Annual returns of the Patna Lunatic Asylum at Bankipore in Bihar and Orissa - 1912-1924
Year: 1912
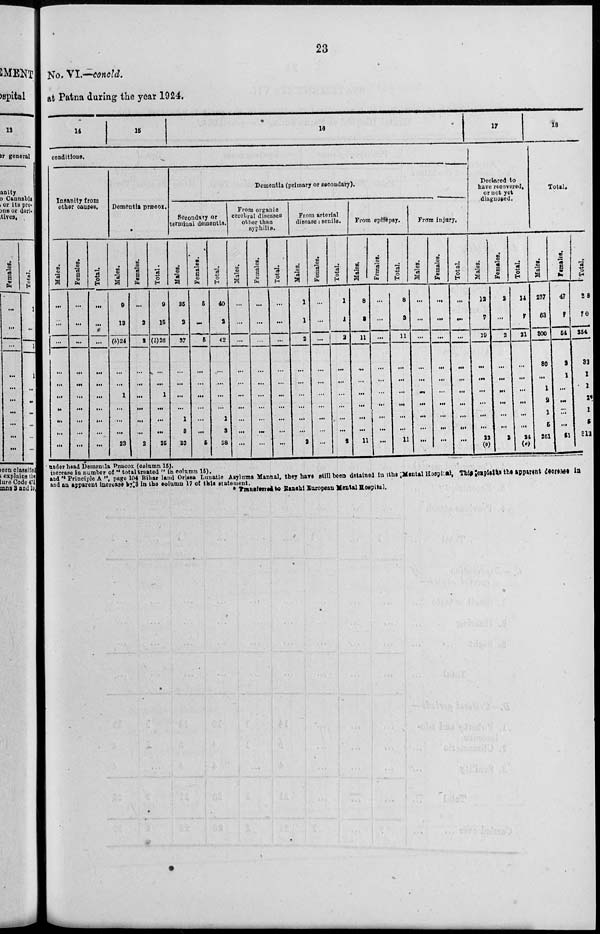
23
No. VI.—concld.
at Patna during the year 1924.
14
15
16
conditions.
Insanity from
other causes.
Males.
...
...
...
...
...
...
...
...
...
...
Females.
...
...
...
...
...
...
...
...
...
...
Total.
...
...
...
...
...
...
...
...
...
...
Dementia proæcox.
Males.
9
13
(b)24
...
...
1
...
...
...
23
Females.
...
2
2
...
...
...
...
...
...
2
Total.
9
15
(b)26
...
...
1
...
...
...
25
Dementia (primary or secondary).
Secondary or
terminal dementia.
Males.
35
2
37
...
...
...
...
1
3
33
Females.
5
...
5
...
...
...
...
...
...
5
Total.
40
2
42
...
...
...
...
1
3
38
From organic
cerebral diseases
other than
syphilis.
Males.
...
...
...
...
...
...
...
...
...
...
Females.
...
...
...
...
...
...
...
...
...
...
Total.
...
...
...
...
...
...
...
...
...
...
From arterial
disease: senile.
Males.
1
1
2
...
...
...
...
...
...
2
Females
...
...
...
...
...
...
...
...
...
...
Total.
1
1
2
...
...
...
...
...
...
2
From epilepsy.
Males.
8
3
11
...
...
...
...
...
...
11
Females.
...
...
...
...
...
...
...
...
...
...
Total.
8
3
11
...
...
...
...
...
...
11
From injury.
Males.
...
...
...
...
...
...
...
...
...
...
Females.
...
...
...
...
...
...
...
...
...
...
Total.
...
...
...
...
...
...
...
...
...
...
17
Declared to
have recovered,
or not yet
diagnosed.
Males.
12
7
19
...
...
...
...
...
...
22
(o)
Females.
2
...
2
...
...
...
...
...
...
2
Total.
14
7
21
...
...
...
...
...
...
24
(e)
18
Total.
Males.
237
63
300
30
...
1
2
1
5
261
Females.
47
7
54
2
1
...
...
...
...
51
Total.
284
70
354
32
1
1
2*
1
5
312
under head Dementia Præcox (column 15).
increase in number of " total treated" in column 15).
and '' Principle A '',page 104 Bihar land Orissa Lunatic Asylums Manual, they have still been detained in the Mental Hospital, This explains the apparent decrease in
and an apparent increase by 3 in the column 17 of this statement.
* Transferred to Ranchi European Mental Hospital.